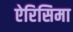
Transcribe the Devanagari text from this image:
ऐरिसिमा